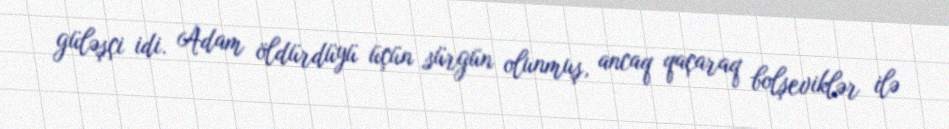
güləşçi idi. Adam öldürdüyü üçün sürgün olunmuş, ancaq qaçaraq bolşeviklər ilə